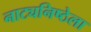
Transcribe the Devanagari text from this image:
नाट्यनिष्ठेला